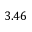
3 . 4 6